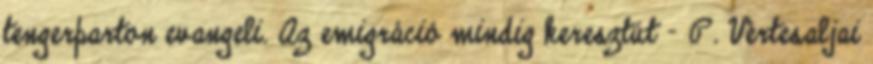
tengerparton evangeli. Az emigráció mindig keresztút – P. Vértesaljai